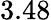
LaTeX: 3.48